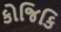
કોજિકિ